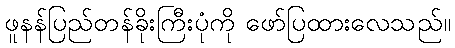
ဖူနန်ပြည်တန်ခိုးကြီးပုံကို ဖော်ပြထားလေသည်။